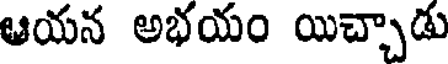
ఆయన అభయం యిచ్చాడు